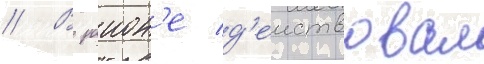
// В раион'е д'еиствовал